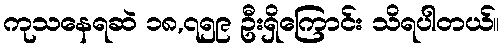
ကုသနေရဆဲ ၁၈,၇၅၉ ဦးရှိကြောင်း သိရပါတယ်။